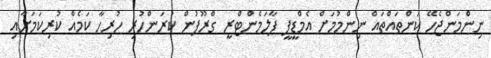
ނިންމަންޖެހޭ ކަންތައްތައް ނިންމުމަށް އެމްޑީޕީ ޕާލަމެންޓްރީ ގްރޫޕުން ކުރަންހުރި ހުރިހާ ކަމެއް ކުރިކަމަށާއި